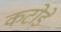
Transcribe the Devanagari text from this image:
कटोड़े